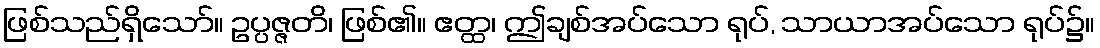
ဖြစ်သည်ရှိသော်။ ဥပ္ပဇ္ဇတိ၊ ဖြစ်၏။ ဧတ္ထ၊ ဤချစ်အပ်သော ရုပ်, သာယာအပ်သော ရုပ်၌။